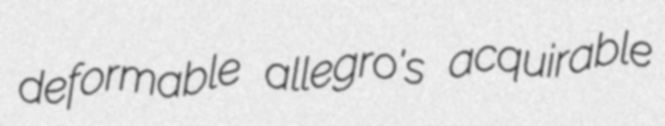
deformable allegro's acquirable